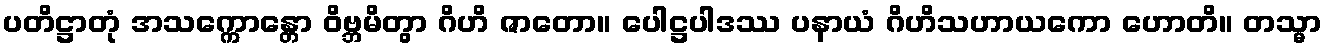
ပတိဋ္ဌာတုံ အသက္ကောန္တော ဝိဗ္ဘမိတွာ ဂိဟိ ဇာတော။ ပေါဋ္ဌပါဒဿ ပနာယံ ဂိဟိသဟာယကော ဟောတိ။ တသ္မာ